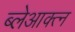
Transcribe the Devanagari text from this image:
ब्लेआक्त्न